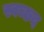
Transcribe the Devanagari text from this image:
स्वच्छद